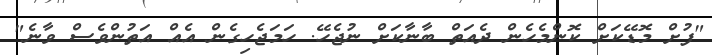
"ފުށް މޮޑޭކަށް ކޮންމެހެން ދެއަތް ބާނާކަށް ނުޖެހޭ. ހަމަޖެހިގެން އެއް އަތުންވެސް ވާނެ"